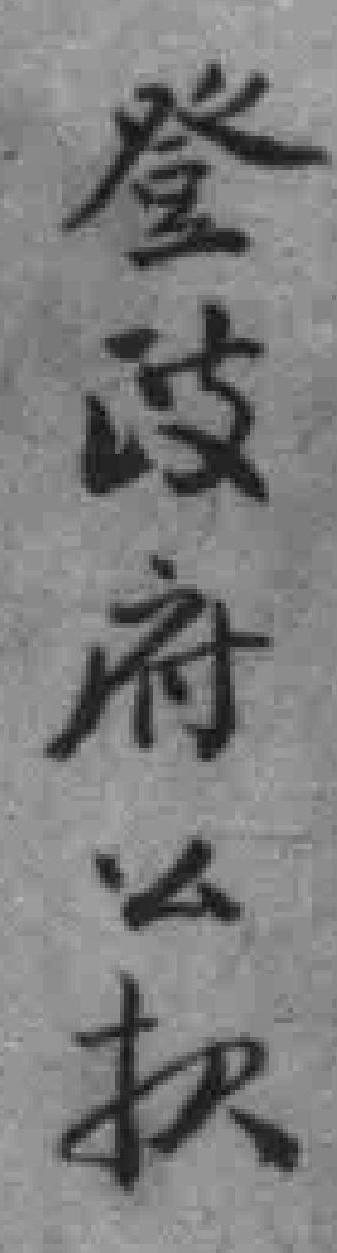
登政府公报